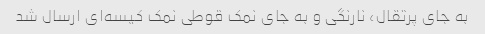
به جای پرتقال، نارنگی و به جای نمک قوطی نمک کیسه‌ای ارسال شد